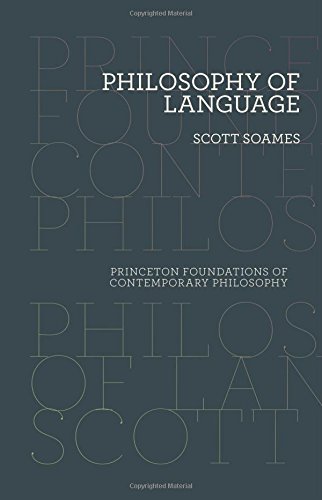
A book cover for Philosophy of Language (Princeton Foundations of Contemporary Philosophy); Scott Soames; Reference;